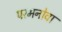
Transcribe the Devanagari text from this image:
परमनोवा